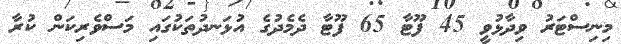
މިނިސްޓަރު ވިދާޅުވީ 45 ފޫޓާ 65 ފޫޓާ ދެމެދުގެ އުޅަނދުތަކުގައި މަސްވެރިކަން ކުރާ